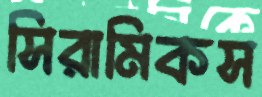
সিরামিকস